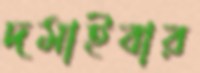
দমাইবার